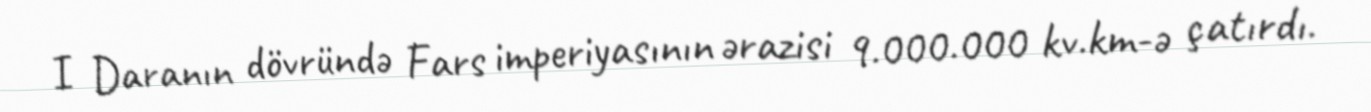
I Daranın dövründə Fars imperiyasının ərazisi 9.000.000 kv.km-ə çatırdı.